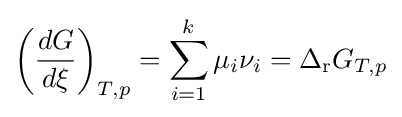
\left({\frac {dG}{d\xi }}\right)_{T,p}=\sum _{i=1}^{k}\mu _{i}\nu _{i}=\Delta _{\mathrm {r} }G_{T,p}